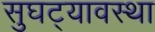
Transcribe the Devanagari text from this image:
सुघट्यावस्था